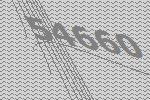
54660